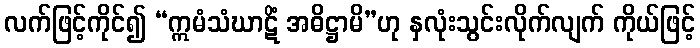
လက်ဖြင့်ကိုင်၍ “ဣမံသံဃာဋိံ အဓိဋ္ဌာမိ”ဟု နှလုံးသွင်းလိုက်လျက် ကိုယ်ဖြင့်